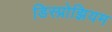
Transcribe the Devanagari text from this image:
डिस्प्रोझियम